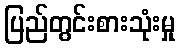
ပြည်တွင်းစားသုံးမှု